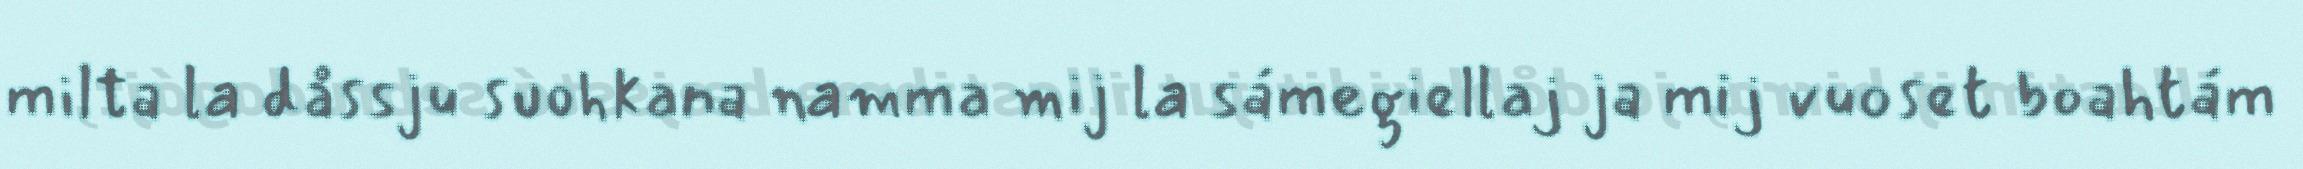
milta la dåssju suohkana namma mij la sámegiellaj ja mij vuoset boahtám